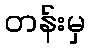
တန်းမှ